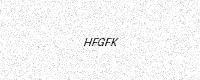
Text: HFGFK